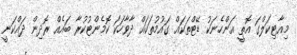
މިއާޓިކަލްގަ އޮތީ އަންހެނަކު ޑޭޓްތަކައް ގައުމުތަކައް ދާވާހަކަ ކޮމެންޓުކުރާ ބައެއް ރޮދިން ދައްކަނީ